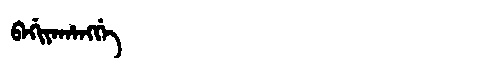
Manchu: ᠪᠠᡤᡳᠶᠠᡥᠠᠩᡤᡝ
Romanization: BAGIYAHANGGE